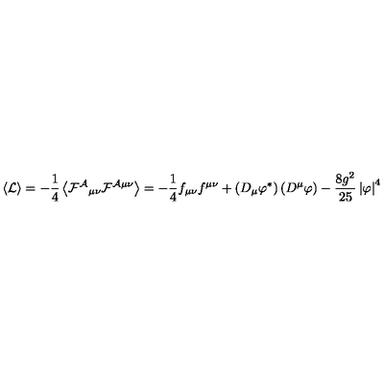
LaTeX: \left\langle { \mathcal L } \right\rangle = - \frac { 1 } { 4 } \left\langle \mathcal { F ^ { A } } _ { \mu \nu } \mathcal F ^ { \mathcal A \mu \nu } \right\rangle = - \frac { 1 } { 4 } f _ { \mu \nu } f ^ { \mu \nu } + \left( D _ { \mu } \varphi ^ { * } \right) \left( D ^ { \mu } \varphi \right) - \frac { 8 g ^ { 2 } } { 2 5 } \left| \varphi \right| ^ { 4 }